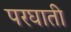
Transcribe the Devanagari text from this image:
परघाती